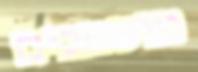
מוסמכים